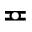
\eqcirc